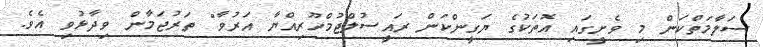
ސަލާމަތްކަން މި ވެށީގައި އޮތަކުގެ ޔަގީންކަން ރައީސުލްޖުމްހޫރިއްޔާ އަރުވާ" ތަރުޖަމާން ވިދާޅުވި އެވެ.